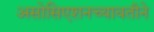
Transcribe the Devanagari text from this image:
असोसिएशनच्यावतीने